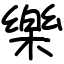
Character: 樂